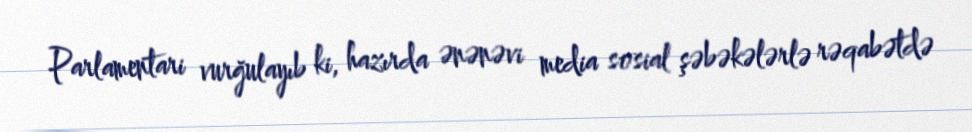
Parlamentari vurğulayıb ki, hazırda ənənəvi media sosial şəbəkələrlə rəqabətdə